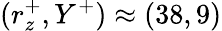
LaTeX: (r_{z}^{+},Y^{+})\approx(38,9)